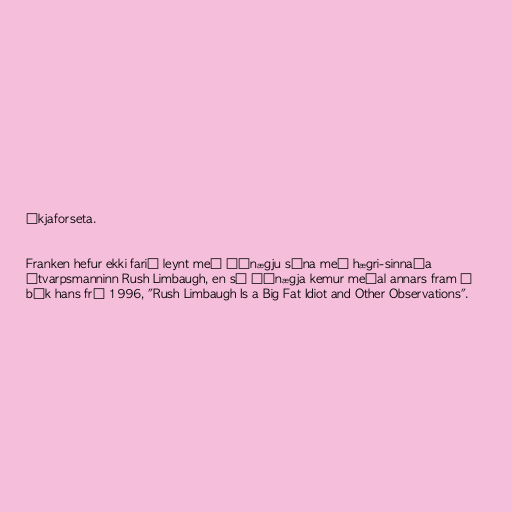
íkjaforseta.

Franken hefur ekki farið leynt með óánægju sína með hægri-sinnaða
útvarpsmanninn Rush Limbaugh, en sú óánægja kemur meðal annars fram í
bók hans frá 1996, "Rush Limbaugh Is a Big Fat Idiot and Other Observations".